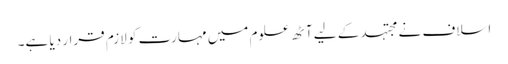
اسلاف نے مجتہد کے لیے آٹھ علوم میں مہارت کو لازم قرار دیا ہے۔